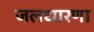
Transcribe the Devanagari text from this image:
जलधारणा